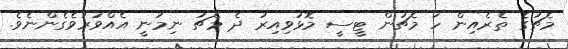
މެޗުގެ ތެރެއިން ހަ މެޗުން ޓީސީ މޮޅުވިއިރު ދެ މެޗު ނިމުނީ އެއްވަރުވެގެންނެވެ.